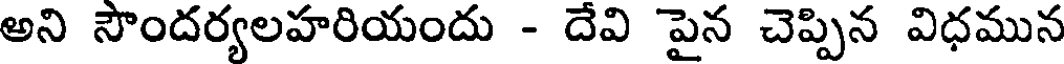
అని సౌందర్యలహరియందు - దేవి పైన చెప్పిన విధమున